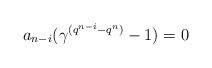
\begin{align*} a_{n-i}(\gamma^{(q^{n-i}-q^n)}-1)=0 \end{align*}